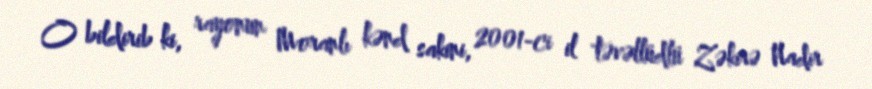
O bildirib ki, rayonun Moranlı kənd sakini, 2001-ci il təvəllüdlü Zəkirə Nadir